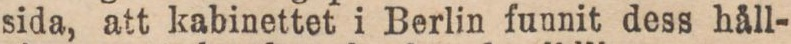
bort, sedan håfven en eller par gånger oroat